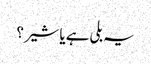
یہ بلی ہے یا شیر؟